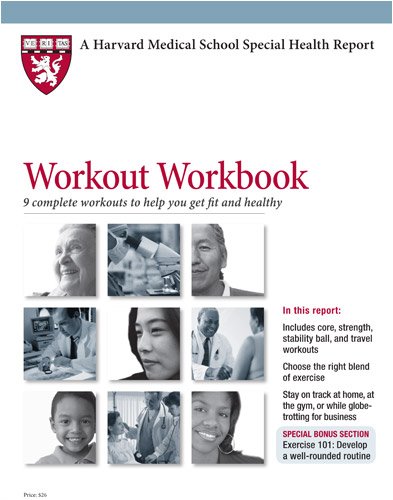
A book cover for Harvard Medical School Workout Workbook: 9 complete workouts to help you get fit and healthy; Jonathan F Bean M.D. M.S. M.P.H.; Education & Teaching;